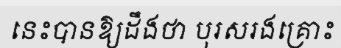
នេះបានឱ្យដឹងថា បុរសរងគ្រោះ